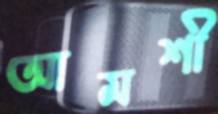
আমশী